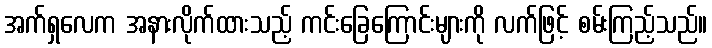
အက်ရှလေက အနားလိုက်ထားသည့် ကင်းခြေကြောင်းများကို လက်ဖြင့် စမ်းကြည့်သည်။